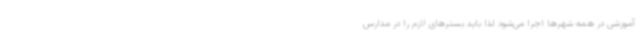
آموزشی در همه شهرها اجرا می‌شود لذا باید بسترهای لازم را در مدارس